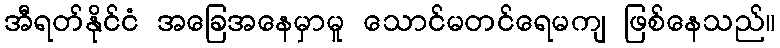
အီရတ်နိုင်ငံ အခြေအနေမှာမူ သောင်မတင်ရေမကျ ဖြစ်နေသည်။